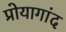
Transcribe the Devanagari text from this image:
प्रोयागांद